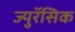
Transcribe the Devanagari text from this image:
ज्युरॅसिक